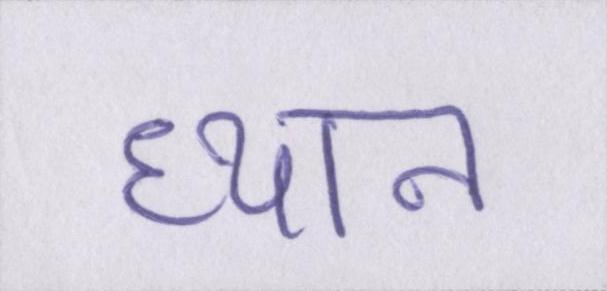
ध्यान